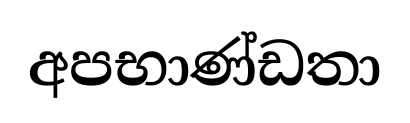
අපභාණ්ඩතා